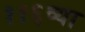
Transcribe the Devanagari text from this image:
११६व्या